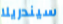
سيندريلا